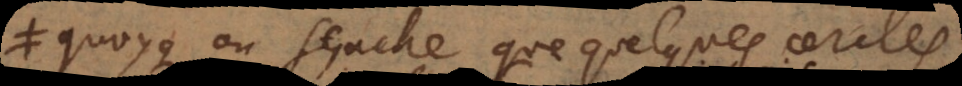
quoyqu’on sçache que quelques cercles